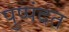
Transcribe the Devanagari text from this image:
पुष्पंदत